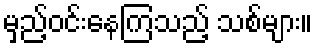
မှည့်ဝင်းနေကြသည့် သစ်များ။